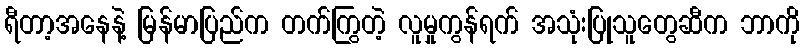
ရီတာ့အနေနဲ့ မြန်မာပြည်က တက်ကြွတဲ့ လူမှုကွန်ရက် အသုံးပြုသူတွေဆီက ဘာကို